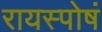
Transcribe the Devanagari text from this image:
रायस्पोषं